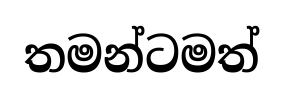
තමන්ටමත්